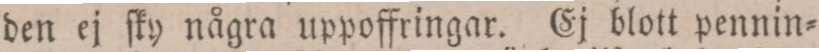
den ej ſky några uppoffringar. Ej blott pennin=